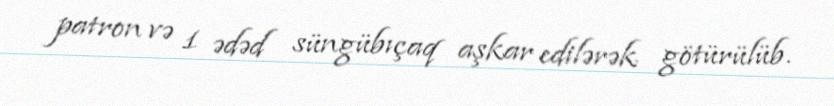
patron və 1 ədəd süngübıçaq aşkar edilərək götürülüb.